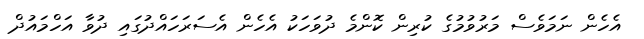
އެހެން ނަމަވެސް މަރުވުމުގެ ކުރިން ކޮންމެ ދުވަހަކު އެހެން އެސަރަހައްދުގައި ދުވާ އަހްމައުދް